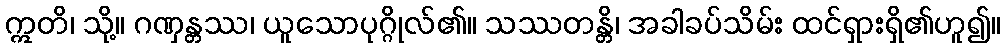
ဣတိ၊ သို့။ ဂဏှန္တဿ၊ ယူသောပုဂ္ဂိုလ်၏။ သဿတန္တိ၊ အခါခပ်သိမ်း ထင်ရှားရှိ၏ဟူ၍။